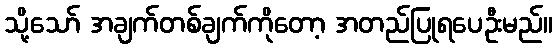
သို့သော် အချက်တစ်ချက်ကိုတော့ အတည်ပြုရပေဦးမည်။